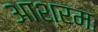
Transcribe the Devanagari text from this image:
आश्रमः